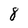
Character: 8